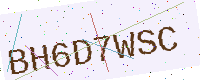
Text: BH6D7WSC